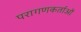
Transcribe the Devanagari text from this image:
परागणकर्ताओं